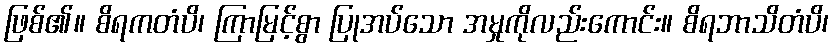
ဖြစ်၏။ စိရကတံပိ၊ ကြာမြင့်စွာ ပြုအပ်သော အမှုကိုလည်းကောင်း။ စိရဘာသိတံပိ၊